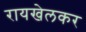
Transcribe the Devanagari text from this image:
रायखेलकर